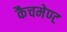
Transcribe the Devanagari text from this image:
कैचमेण्ट